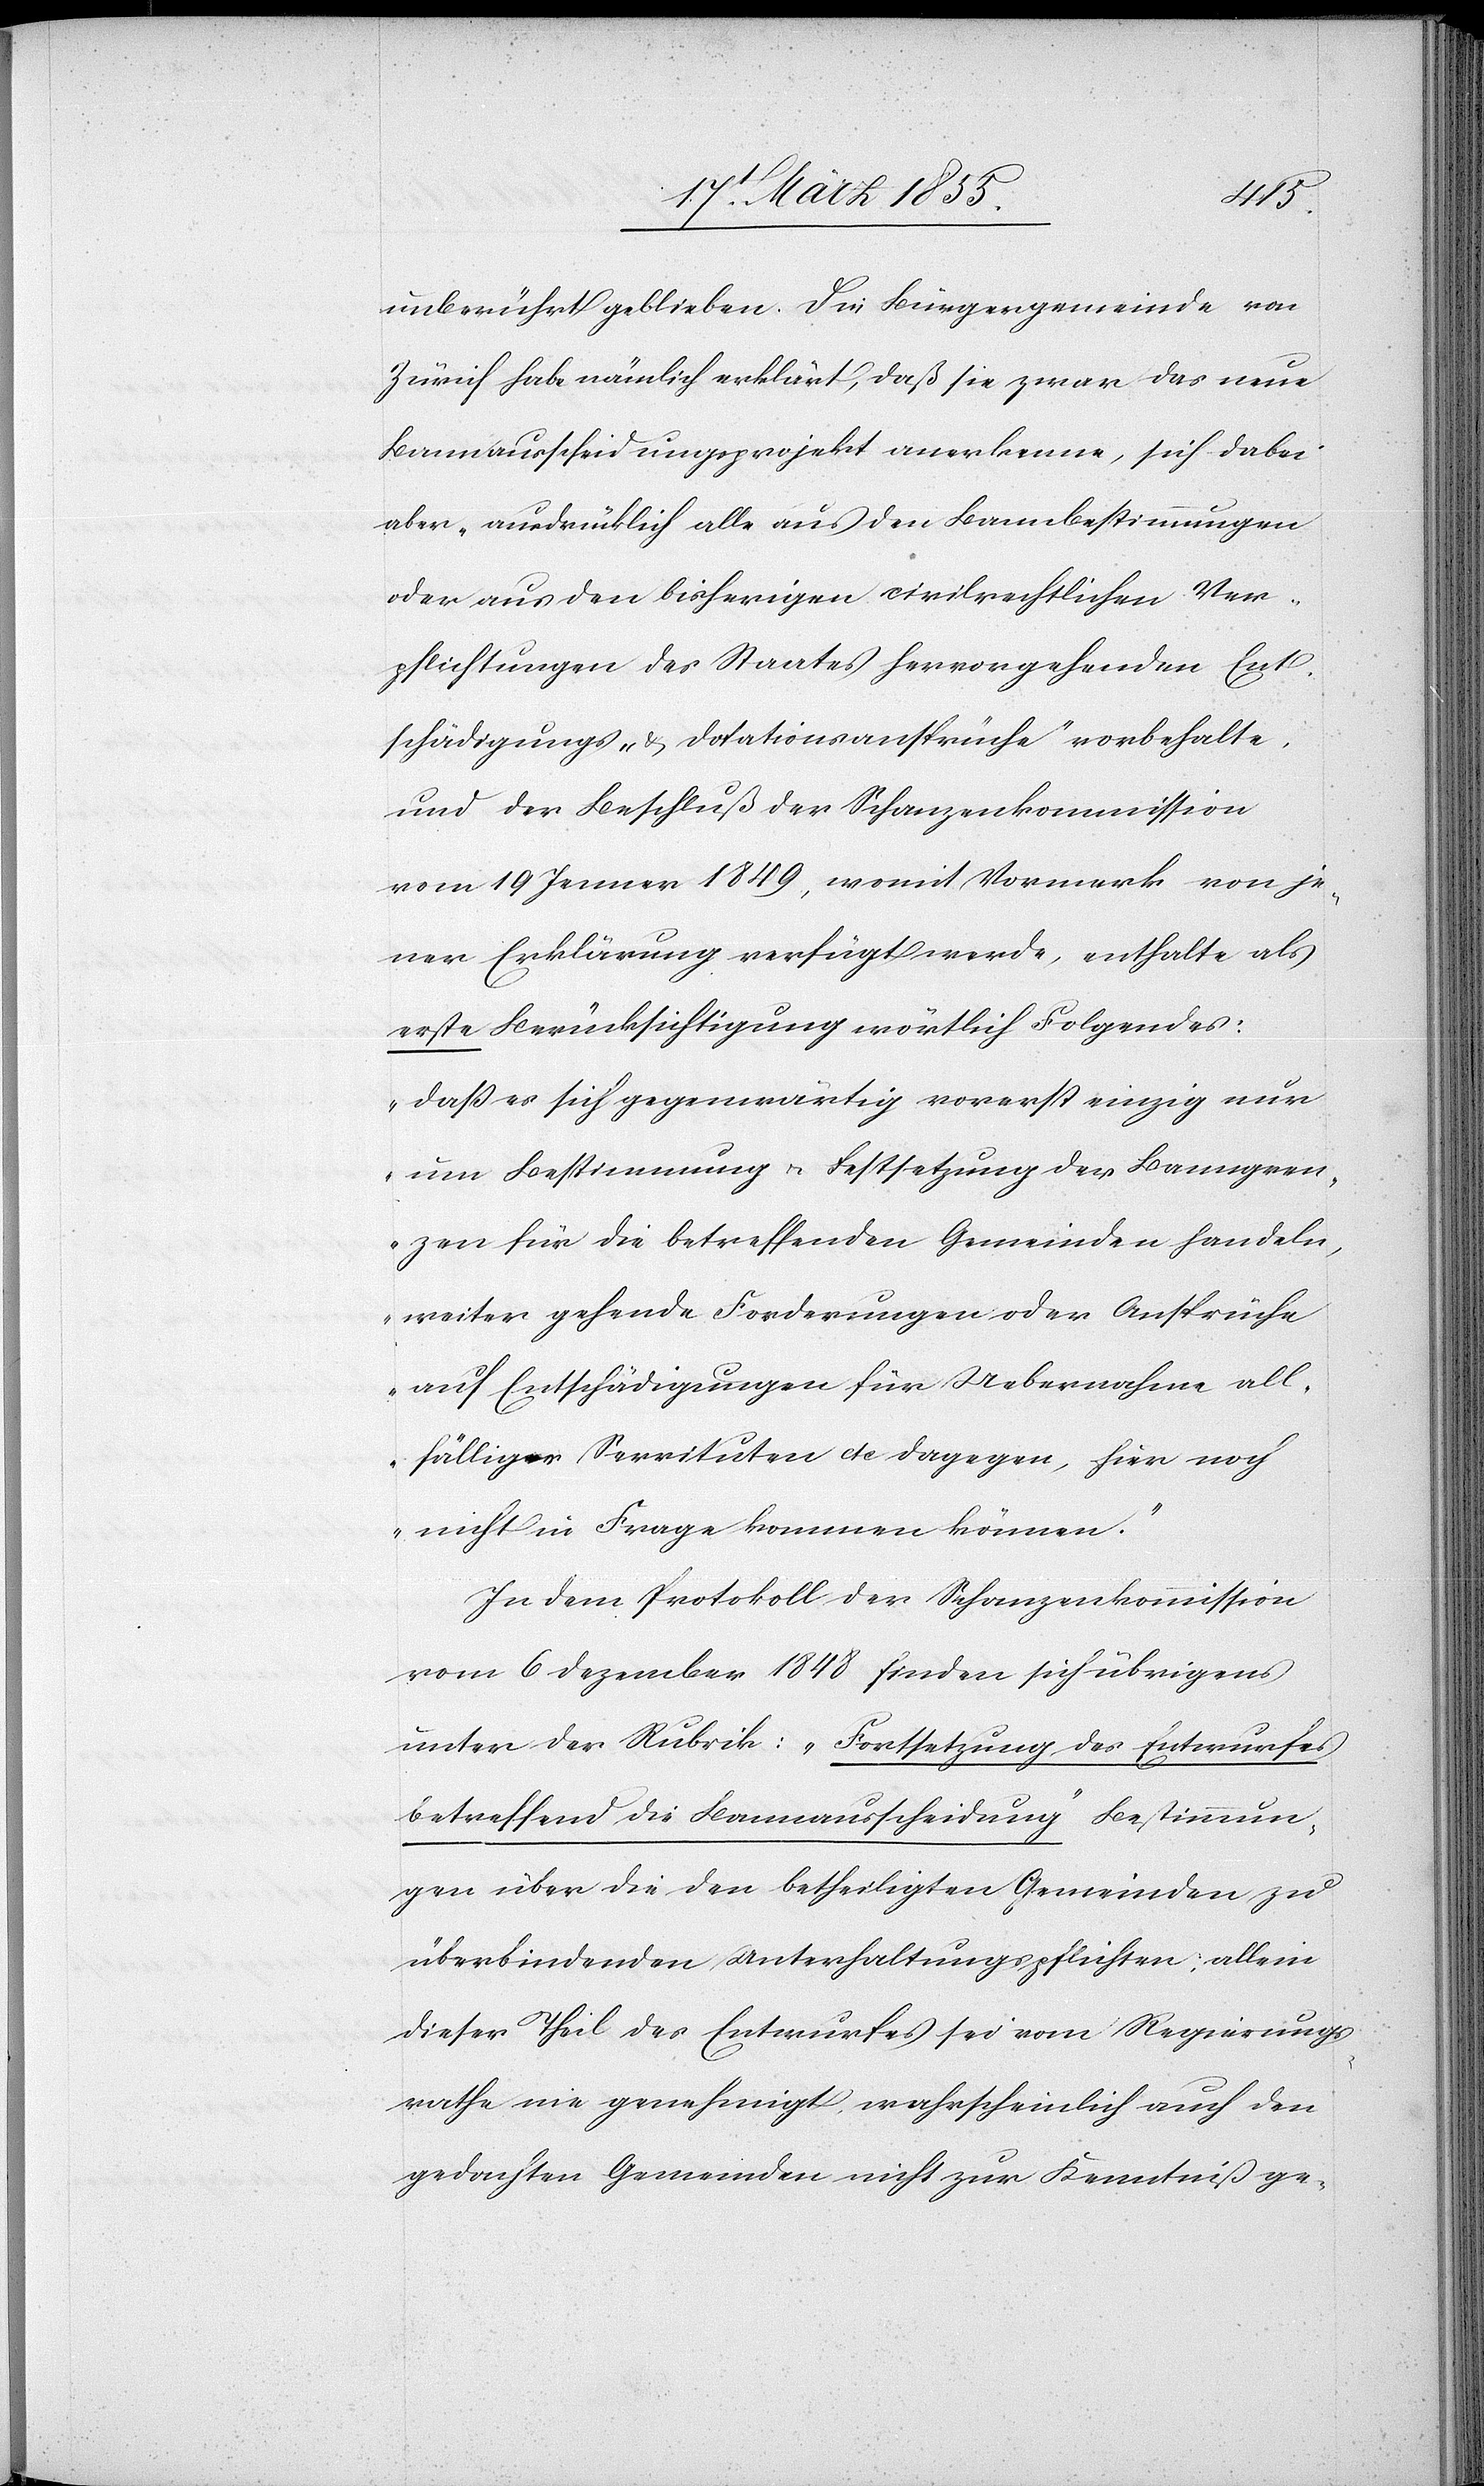
unberührt geblieben. Die Bürgergemeinde von
Zürich habe nämlich erklärt, daß sie zwar das neue
Bannausscheidungsprojekt anerkenne, sich dabei
aber „ausdrücklich alle aus den Bannbestimmungen
oder aus den bisherigen civilrechtlichen Ver¬
pflichtungen des Staates hervorgehenden Ent¬
schädigungs- & Dotationsansprüche“ vorbehalte,
und der Beschluß der Schanzenkommission
vom 19 Jenner 1849., womit Vormerk von je¬
ner Erklärung verfügt werde, enthalte als
erste Berücksichtigung wörtlich Folgendes:
„daß es sich gegenwärtig vorerst einzig nur
um Bestimmung & Festsetzung der Banngren¬
zen für die betreffenden Gemeinden handeln,
weiter gehende Forderungen oder Ansprüche
auf Entschädigungen für Uebernahme all¬
fälliger Servituten etc. dagegen, hier noch
nicht in Frage kommen können.“
In dem Protokoll der Schanzenkommission
vom 6 Dezember 1848 finden sich übrigens
unter der Rubrik: „Fortsetzung des Entwurfes
betreffend die Bannausscheidung“ Bestimmun¬
gen über die den betheiligten Gemeinden zu
überbindenden Unterhaltungspflichten; allein
dieser Theil des Entwurfes sei vom Regierungs¬
rathe nie genehmigt wahrscheinlich auch den
gedachten Gemeinden nicht zur Kenntniß ge-